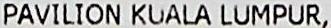
PAVILION KUALA LUMPUR,